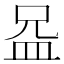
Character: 𪾍